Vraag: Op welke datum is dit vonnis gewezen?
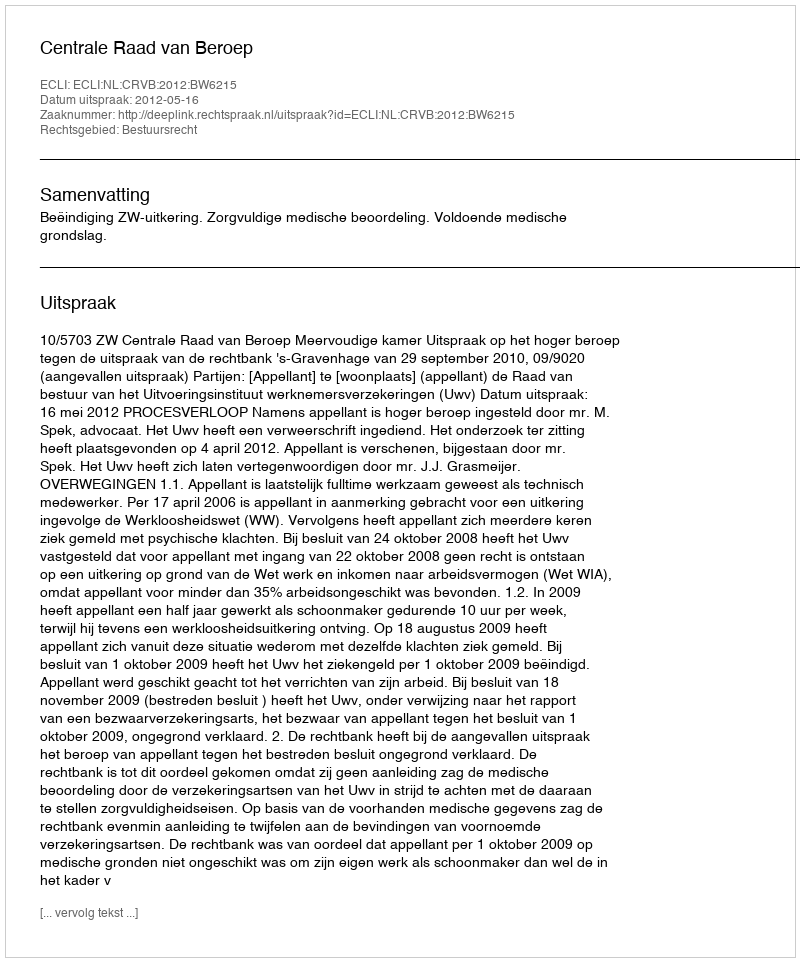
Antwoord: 2012-05-16